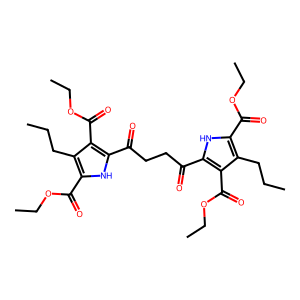
SMILES: CCCc1c(C(=O)OCC)[nH]c(C(=O)CCC(=O)c2[nH]c(C(=O)OCC)c(CCC)c2C(=O)OCC)c1C(=O)OCC
Inhibits HIV replication: No